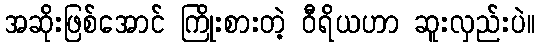
အဆိုးဖြစ်အောင် ကြိုးစားတဲ့ ဝီရိယဟာ ဆူးလှည်းပဲ။